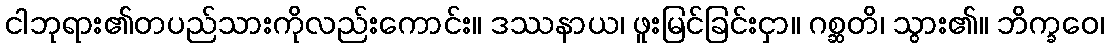
ငါဘုရား၏တပည်သားကိုလည်းကောင်း။ ဒဿနာယ၊ ဖူးမြင်ခြင်းငှာ။ ဂစ္ဆတိ၊ သွား၏။ ဘိက္ခဝေ၊